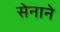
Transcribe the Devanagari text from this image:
सेनाने